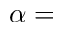
\alpha =